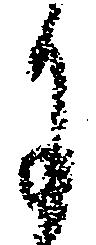
に